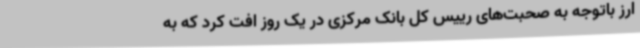
ارز باتوجه به صحبت‌های رییس کل بانک مرکزی در یک روز افت کرد که به